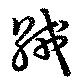
絨